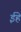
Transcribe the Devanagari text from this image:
ईहे